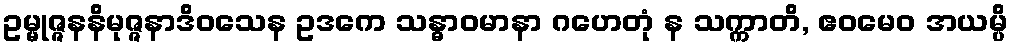
ဥမ္မုဇ္ဇနနိမုဇ္ဇနာဒိဝသေန ဥဒကေ သန္ဓာဝမာနာ ဂဟေတုံ န သက္ကာတိ, ဧဝမေဝ အယမ္ပိ